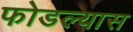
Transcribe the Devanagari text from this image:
फोडल्यास